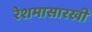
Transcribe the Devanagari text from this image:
रेशमासारखी